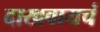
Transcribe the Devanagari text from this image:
दाखवायचं